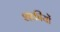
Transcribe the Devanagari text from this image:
शक्तीयों